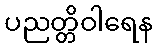
ပညတ္တိဝါရေန